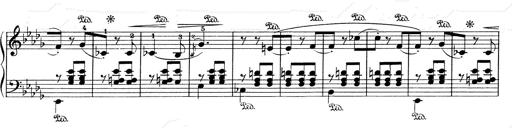
Title: Mephisto Waltz No.1
Composer: Franz Liszt